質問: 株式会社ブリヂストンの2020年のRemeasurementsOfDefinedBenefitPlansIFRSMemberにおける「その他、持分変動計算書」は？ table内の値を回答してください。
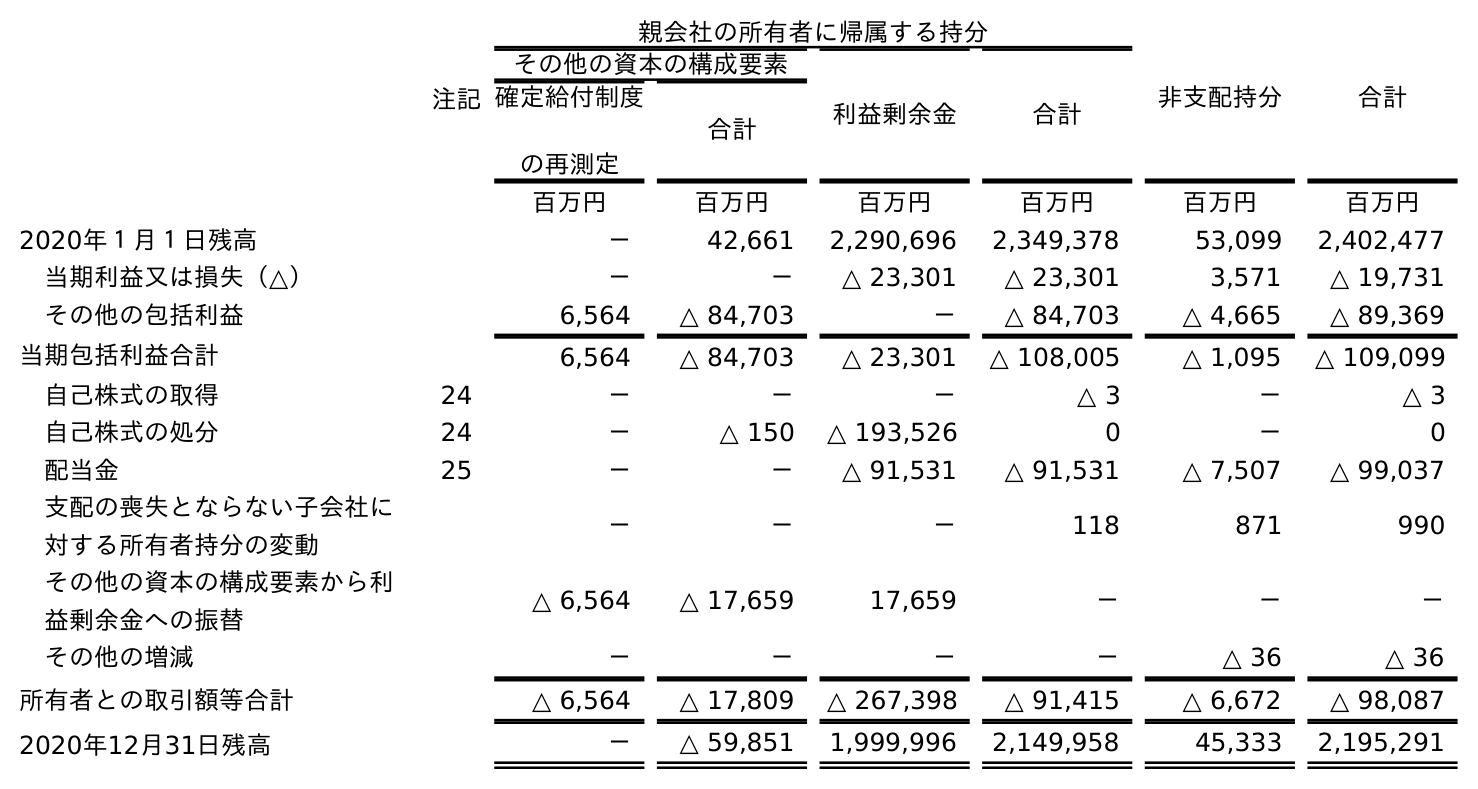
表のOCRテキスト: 注記 親会社の所有者に帰属する持分 非支配持分 合計 その他の資本の構成要素 利益剰余金 合計 確定給付制度 の再測定 合計 百万円 百万円 百万円 百万円 百万円 百万円 2020年１月１日残高 － 42,661 2,290,696 2,349,378 53,099 2,402,477 当期利益又は損失（△） － － △ 23,301 △ 23,301 3,571 △ 19,731 その他の包括利益 6,564 △ 84,703 － △ 84,703 △ 4,665 △ 89,369 当期包括利益合計 6,564 △ 84,703 △ 23,301 △ 108,005 △ 1,095 △ 109,099 自己株式の取得 24 － － － △ 3 － △ 3 自己株式の処分 24 － △ 150 △ 193,526 0 － 0 配当金 25 － － △ 91,531 △ 91,531 △ 7,507 △ 99,037 支配の喪失とならない子会社に 対する所有者持分の変動 － － － 118 871 990 その他の資本の構成要素から利 益剰余金への振替 △ 6,564 △ 17,659 17,659 － － － その他の増減 － － － － △ 36 △ 36 所有者との取引額等合計 △ 6,564 △ 17,809 △ 267,398 △ 91,415 △ 6,672 △ 98,087 2020年12月31日残高 － △ 59,851 1,999,996 2,149,958 45,333 2,195,291
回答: －